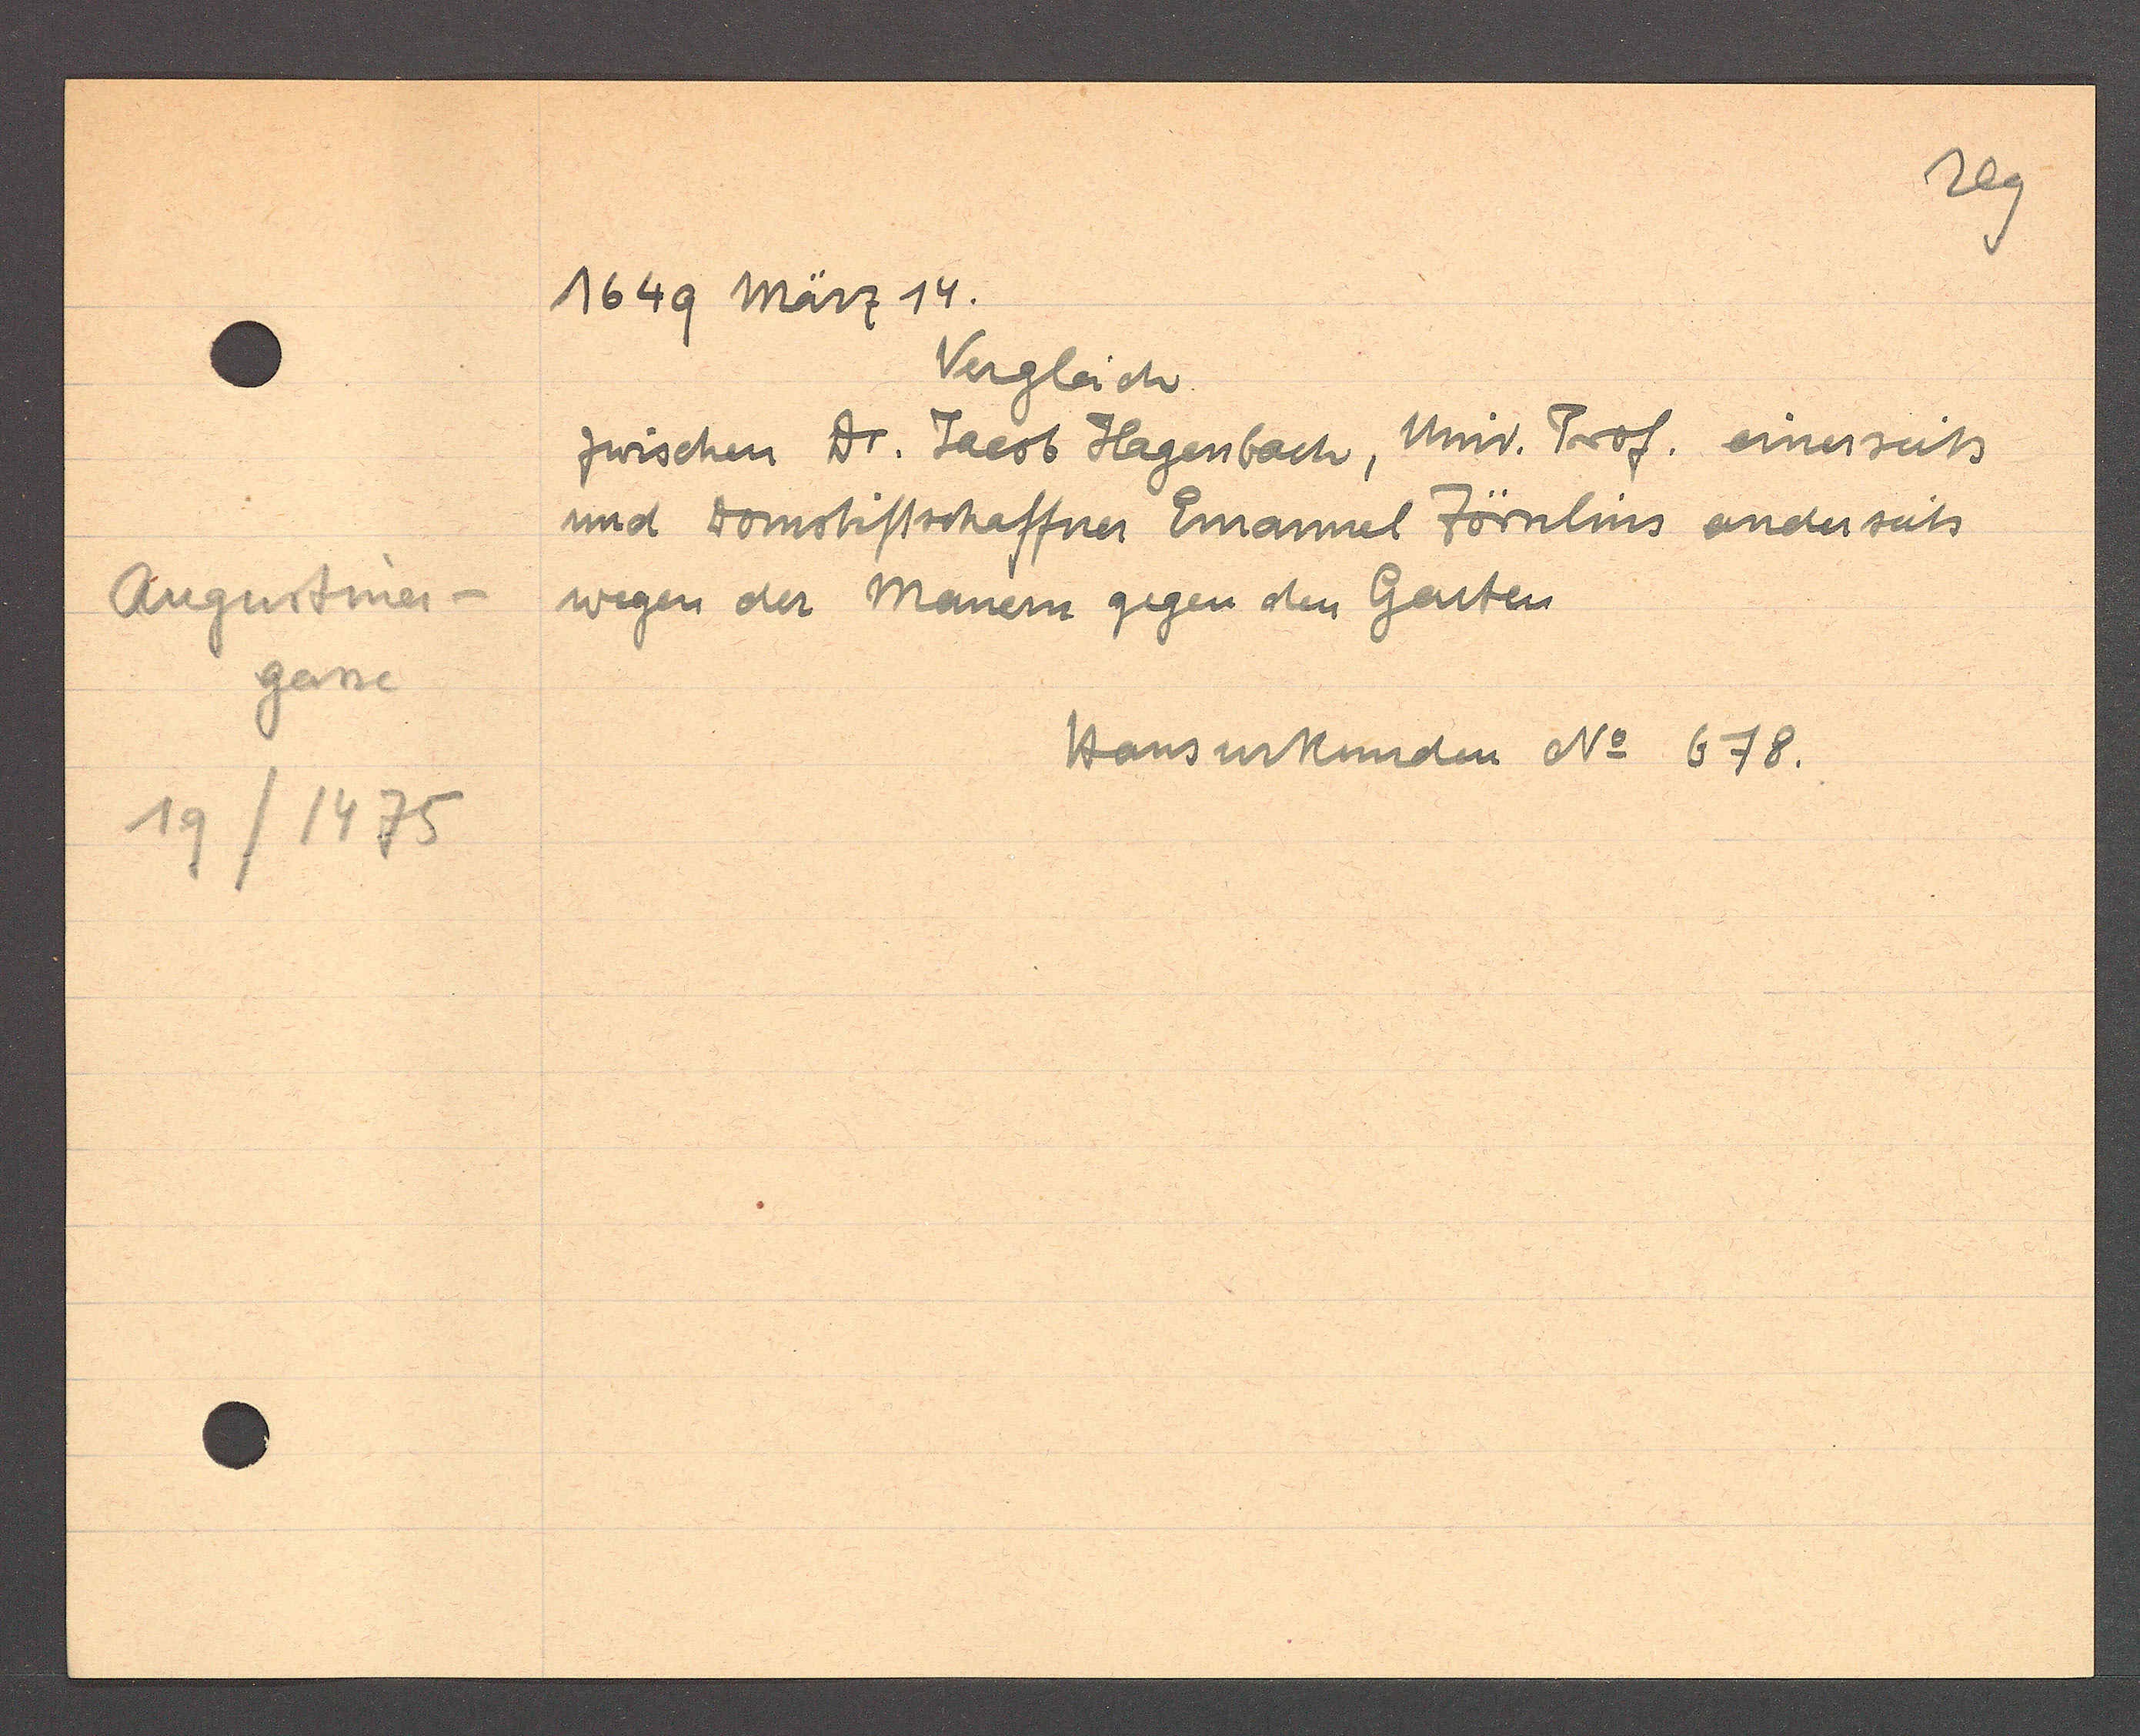
Transcript:
Augustiner-
gasse
19/1475

1649 März 14.

Vergleich.
zwischen Dr. Jacob Hagenbach, Univ. Prof. einerseits
und Domstiftschaffner Emanuel Zörnlins anderseits
wegen der Manern gegen den Garten

Hausurkunden No 678.